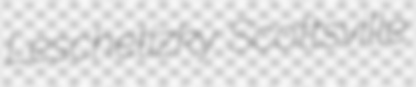
Leschetizky Scottsville